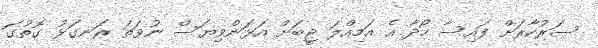
ސަރުކާރަށް ފައިސާ ހޯދާ އެ އަމިއްލަ ޖީބަށް އަޅަންވިޔަސް ނުވަތަ ރަނގަޅު ގޮތުގަ